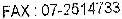
FAX : 07-2514733